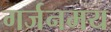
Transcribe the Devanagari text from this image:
गर्जनमय